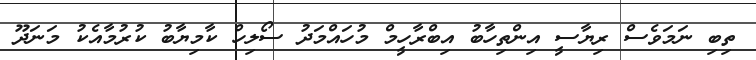
ތިބި ނަމަވެސް ރިޔާސީ އިންތިހާބު އިބްރާހީމް މުހައްމަދު ސޯލިހް ކާމިޔާބު ކުރުމާއެކު މަނަދޫ